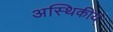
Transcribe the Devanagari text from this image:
अस्थिकीय